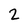
Character: 2